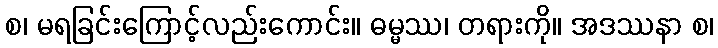
စ၊ မရခြင်းကြောင့်လည်းကောင်း။ ဓမ္မဿ၊ တရားကို။ အဒဿနာ စ၊